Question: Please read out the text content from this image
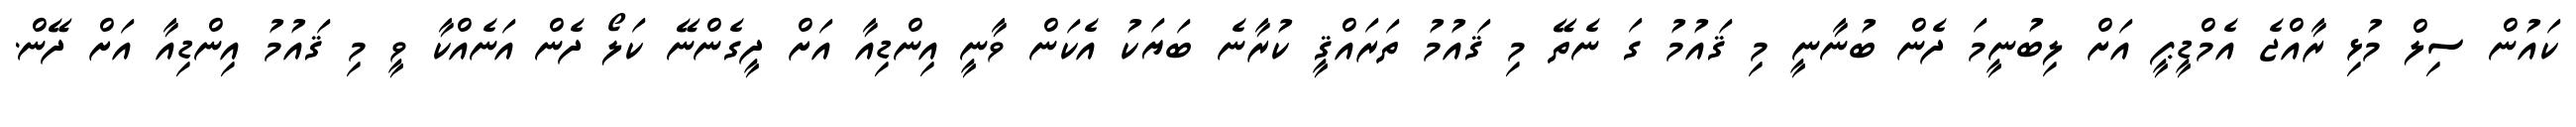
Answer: ކައުން ސިލް މުޅި ރާއްޖެ އެމްޑީޕީ އަށް ލިބުނީމަ ދެން ބުނާނީ މި ޤައުމު ގަ ނެތޭ މި ޤައުމު ތަރައްޤީ ކުރާނެ ބަޔަކު އެކަން ވާނީ އިންޑިއާ އަށް ދީގެންނޭ ކަލޯ ދެން އަނެއްކާ ވީ މި ޤައުމު އިންޑިއާ އަށް ދޭން.